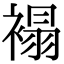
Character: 褟